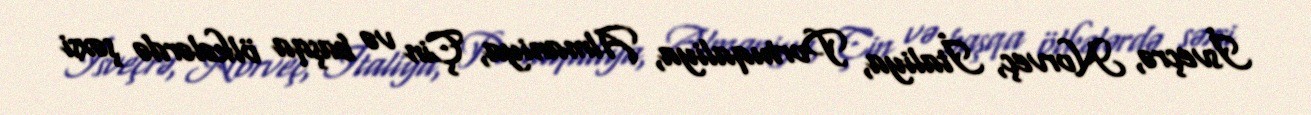
İsveçrə, Norveç, İtaliya, Portuqaliya, Almaniya, Çin və başqa ölkələrdə şəxsi